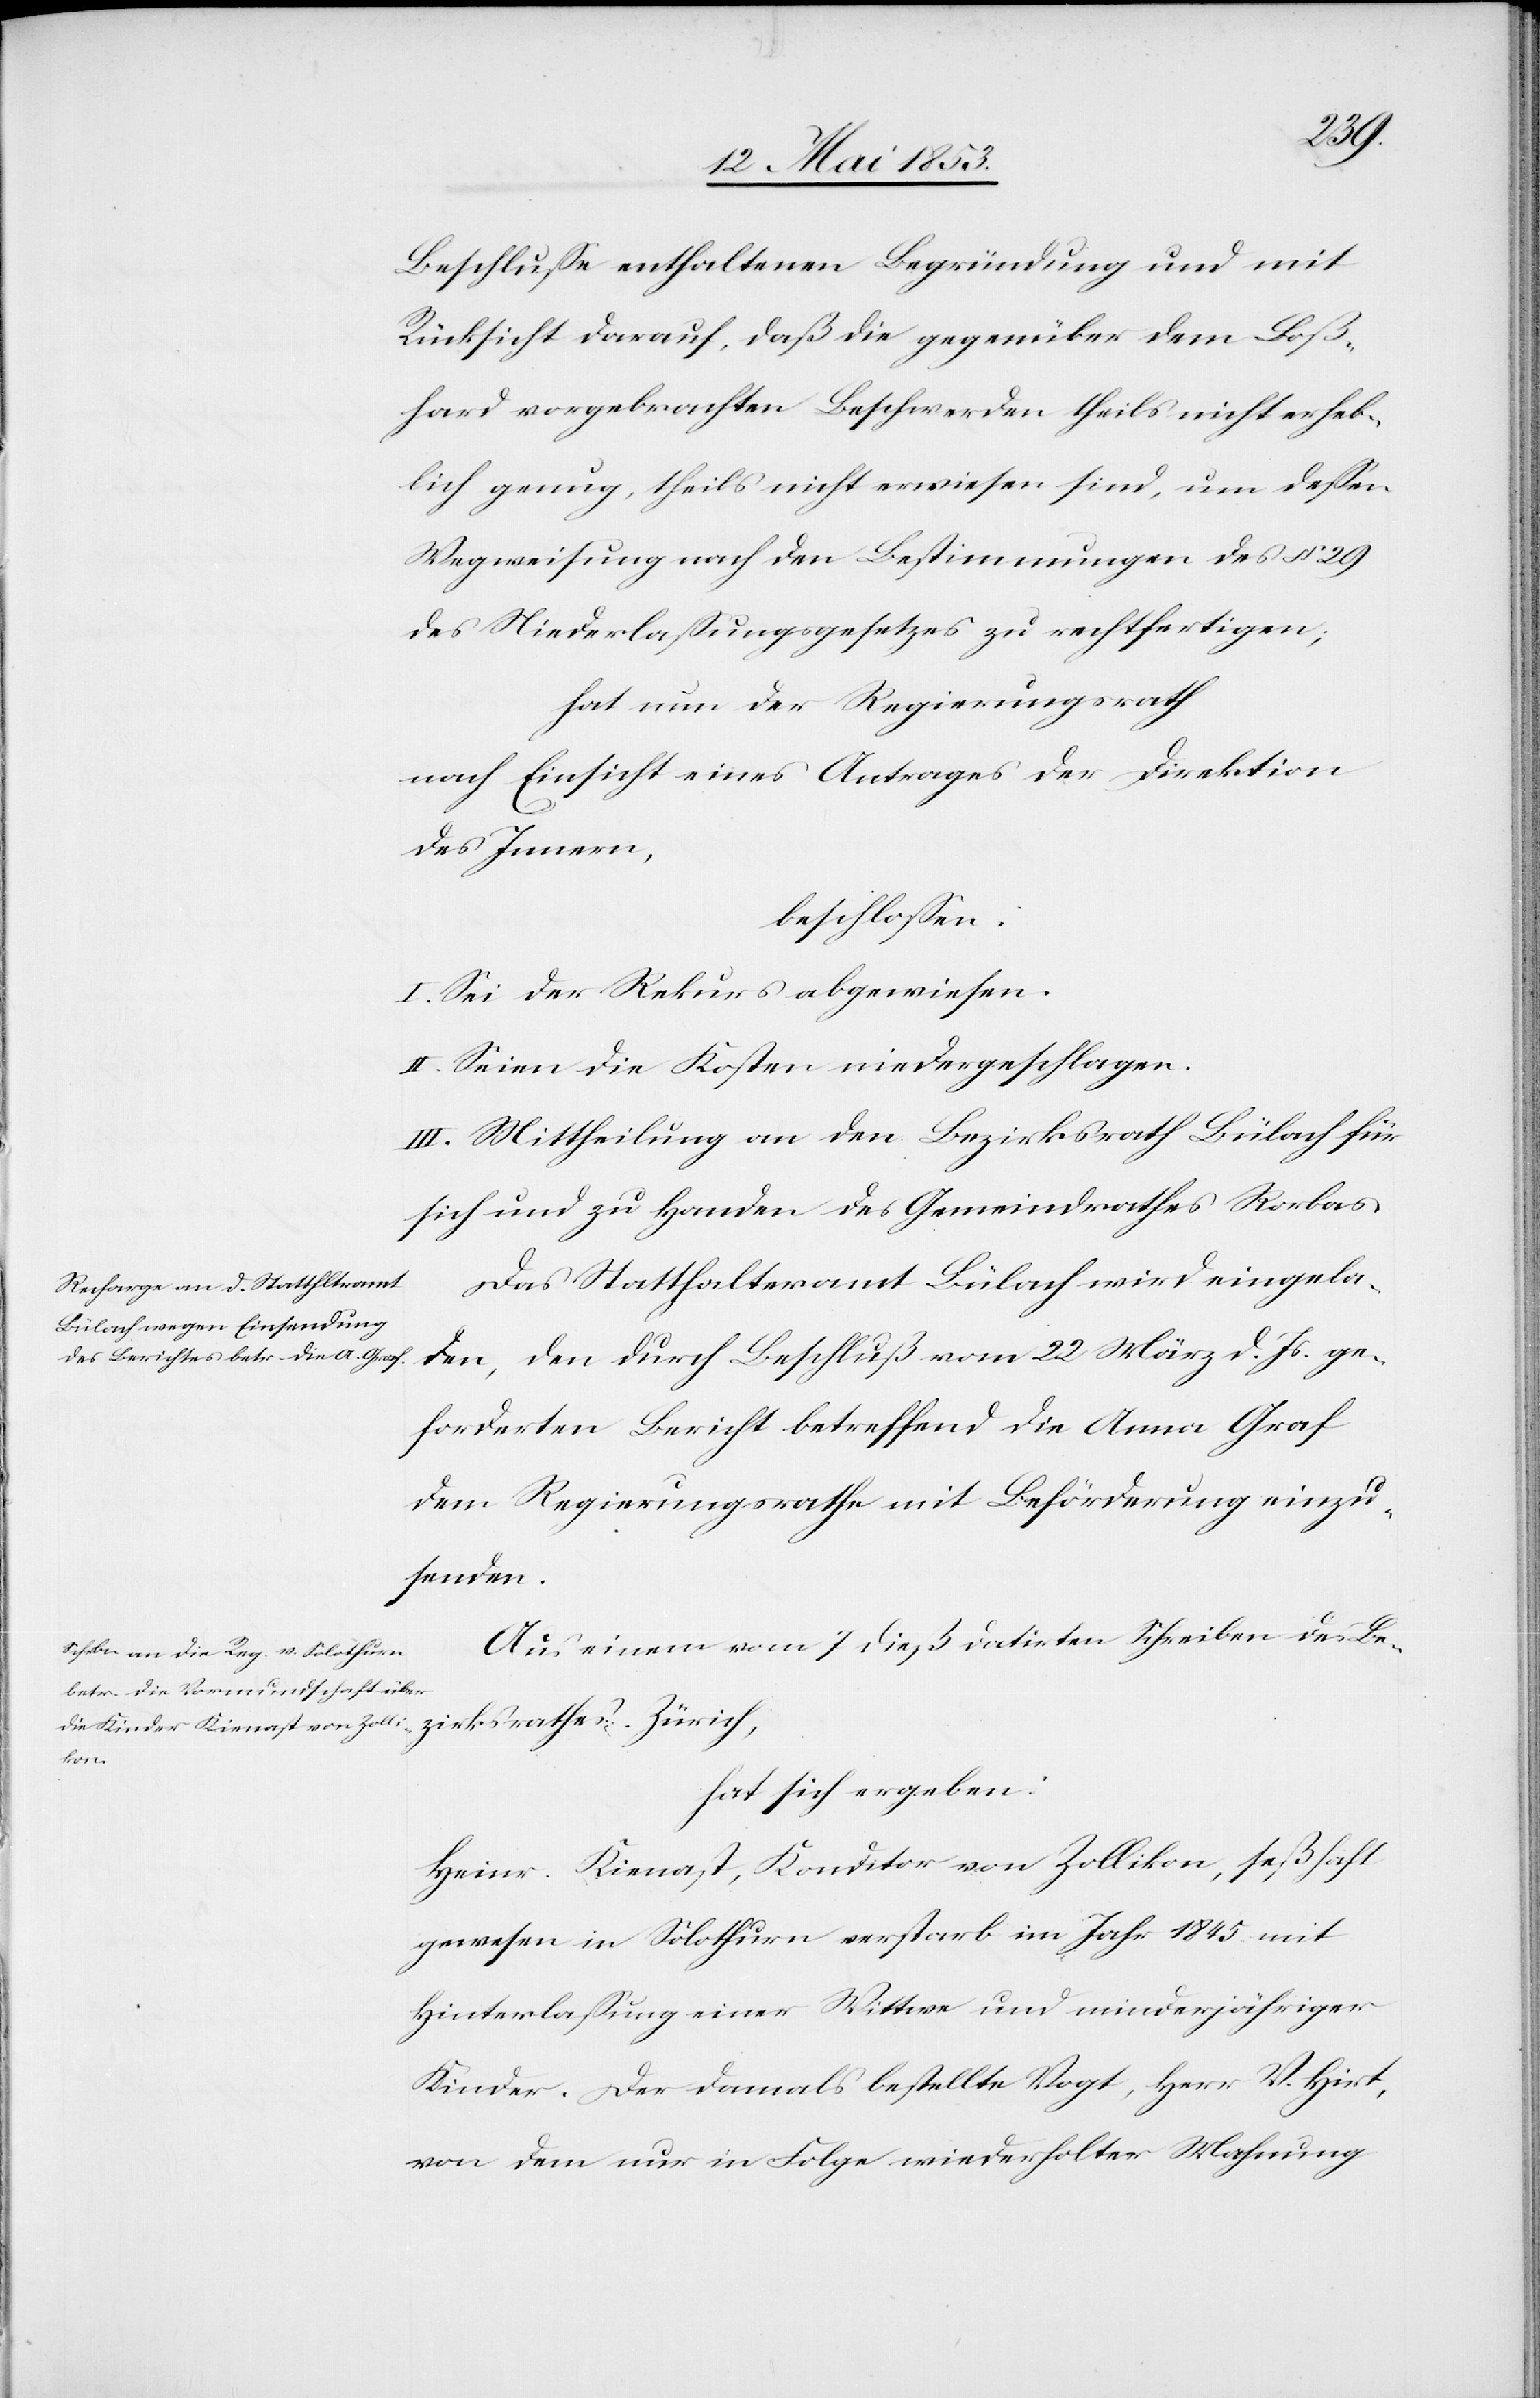
Beschluße enthaltenen Begründung und mit
Rücksicht darauf, daß die gegenüber dem Boß¬
hard vorgebrachten Beschwerden theils nicht erheb¬
lich genug, theils nicht erwiesen sind, um deßen
Wegweisung nach den Bestimmungen des § 29
des Niederlaßungsgesetzes zu rechtfertigen;
hat nun der Regierungsrath
nach Einsicht eines Antrages der Direktion
des Innern,
beschloßen:
I. Sei der Rekurs abgewiesen.
II. Seien die Kosten niedergeschlagen.
III. Mittheilung an den Bezirksrath Bülach für
sich und zu Handen des Gemeindrathes Rorbas.
Das Statthalteramt Bülach wird eingela¬
den, den durch Beschluß vom 22 März d. Js. ge¬
forderten Bericht betreffend die Anna Graf
dem Regierungsrathe mit Beförderung einzu¬
senden.
Aus einem vom 7 dieß datirten Schreiben des Be¬
zirksrathes Zürich,
hat sich ergeben:
Heinr. Kienast, Konditor von Zollikon, seßhaft
gewesen in Solothurn verstarb im Jahr 1845 mit
Hinterlaßung einer Wittwe und minderjähriger
Kinder. Der damals bestellte Vogt, Herr V. Hirt,
von dem nur in Folge wiederholter Mahnung